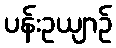
ပန်းဥယျာဉ်